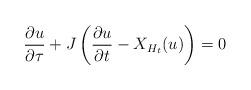
LaTeX: \begin{align*}\frac{\partial u}{\partial \tau}+J\left(\frac{\partial u}{\partial t} - X_{H_t}(u)\right)=0\end{align*}